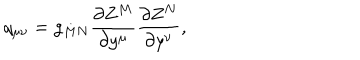
q _ { \mu \nu } = g _ { M N } \frac { \partial Z ^ { M } } { \partial y ^ { \mu } } \frac { \partial Z ^ { N } } { \partial y ^ { \nu } } ,